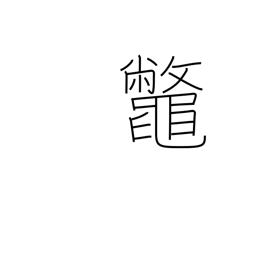
Meaning: snapping turtle